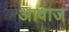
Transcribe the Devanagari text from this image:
अावाज